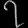
Digit: ၇